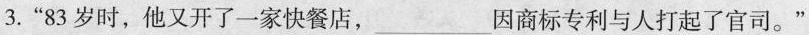
3.”83岁时，他又开了一家快餐店， 因商标专利与人打起了官司。”